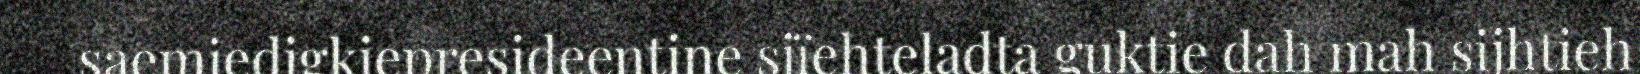
saemiedigkiepresideentine sjïehteladta guktie dah mah sijhtieh